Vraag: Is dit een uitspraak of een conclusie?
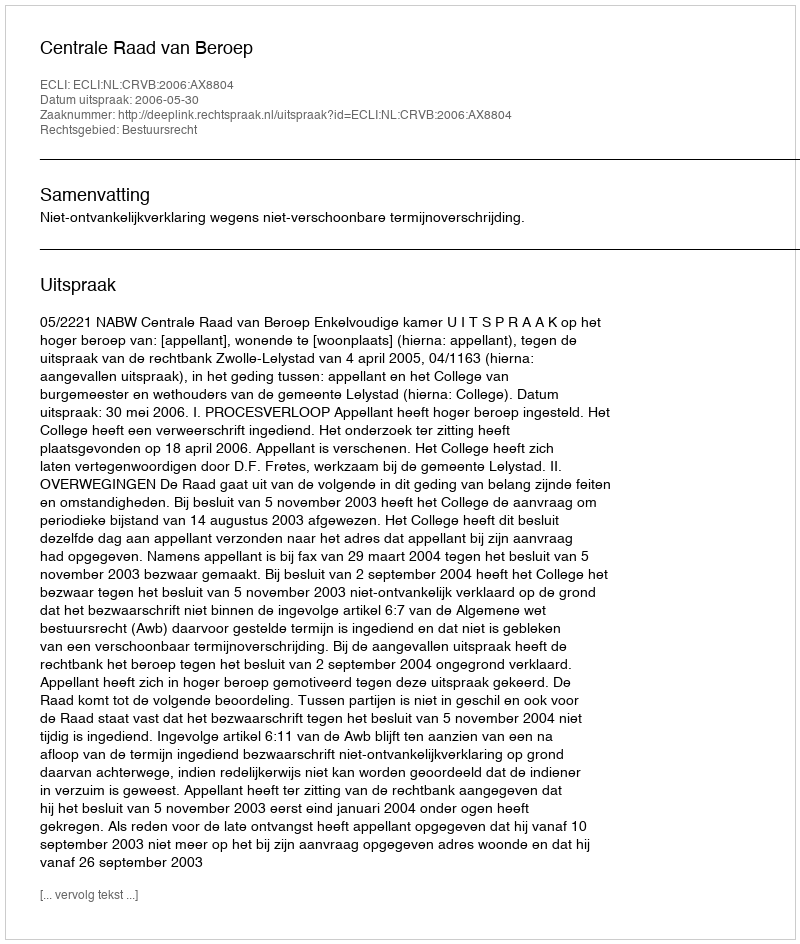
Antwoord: Uitspraak